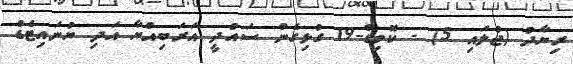
ރިޔާދު (ޖުލައި 5) - ކޮވިޑް-19 ގުޅިގެން ސައުދީ އަރަބިއްޔާ އަދި ޔުނައިޓެޑް